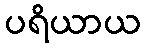
ပရိယာယ